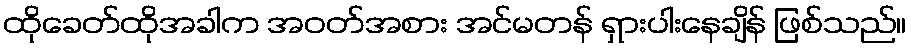
ထိုခေတ်ထိုအခါက အဝတ်အစား အင်မတန် ရှားပါးနေချိန် ဖြစ်သည်။